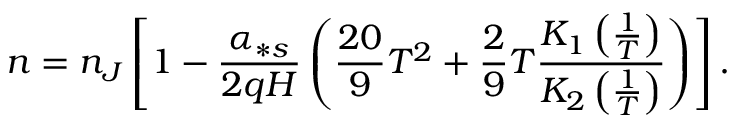
n = n _ { J } \left[ 1 - \frac { \alpha _ { \ast s } } { 2 q H } \left( \frac { 2 0 } { 9 } T ^ { 2 } + \frac { 2 } { 9 } T \frac { K _ { 1 } \left( \frac { 1 } { T } \right) } { K _ { 2 } \left( \frac { 1 } { T } \right) } \right) \right] .